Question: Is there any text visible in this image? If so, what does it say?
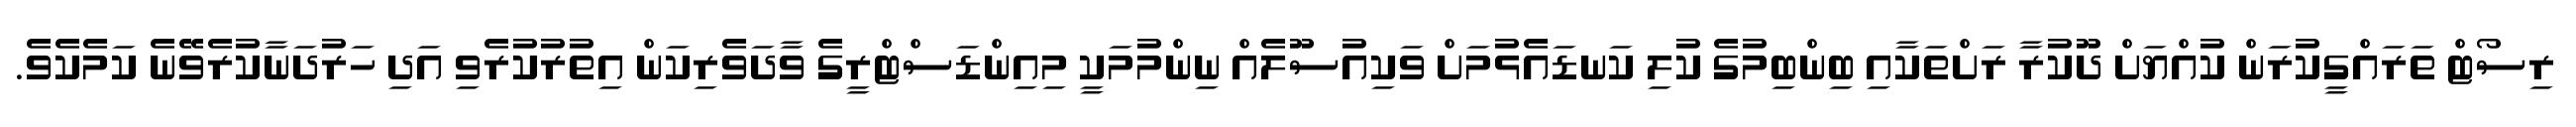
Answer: ރިސޯޓް ތަރައްގީކުރަން ކުއްޔަށް ދޫކުރާ ރަށްތަކާއި ބިންބިމުގެ ކުލި ކަނޑައެޅުމަށް ވަކިއުސޫލެއް ނިންމުމަކީ މިއިންޑަސްޓްރީގެ ވާދަވެރިކަން އިތުރުކުރެވި އަދި ހަރުދަނާކުރެވޭނެ ކަމެކެވެ.